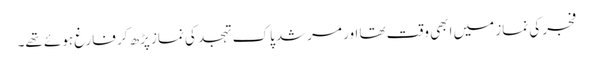
فجر کی نماز میں ابھی وقت تھا اور مرشد پاک تہجد کی نماز پڑھ کر فارغ ہوئے تھے۔